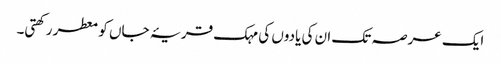
ایک عرصہ تک ان کی یادوں کی مہک قریۂ جاں کو معطر رکھتی۔